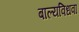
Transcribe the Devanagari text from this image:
बाल्यविधवा